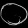
Digit: ၀